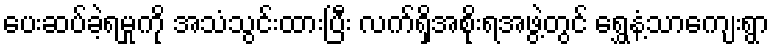
ပေးဆပ်ခဲ့ရမှုကို အသံသွင်းထားပြီး လက်ရှိအစိုးရအဖွဲ့တွင် ရွှေနံ့သာကျေးရွာ